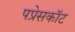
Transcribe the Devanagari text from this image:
पप्रेसकॉट